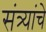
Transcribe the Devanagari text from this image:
संत्र्यांचे